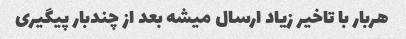
هربار با تاخیر زیاد ارسال میشه بعد از چندبار پیگیری